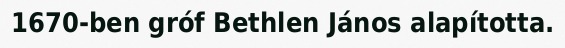
1670-ben gróf Bethlen János alapította.